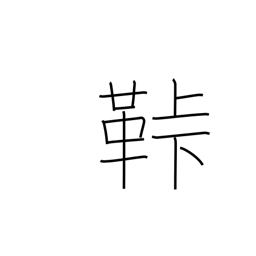
Meaning: fastener